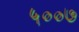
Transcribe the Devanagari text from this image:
५००७